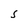
Character: S